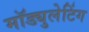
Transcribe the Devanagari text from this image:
मॉड्युलेटिंग